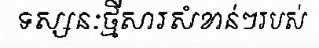
ទស្សនៈថ្មីសារសំខាន់ៗរបស់